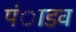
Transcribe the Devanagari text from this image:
पंाडव